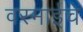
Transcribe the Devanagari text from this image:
वरमाईचे